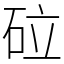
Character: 砬